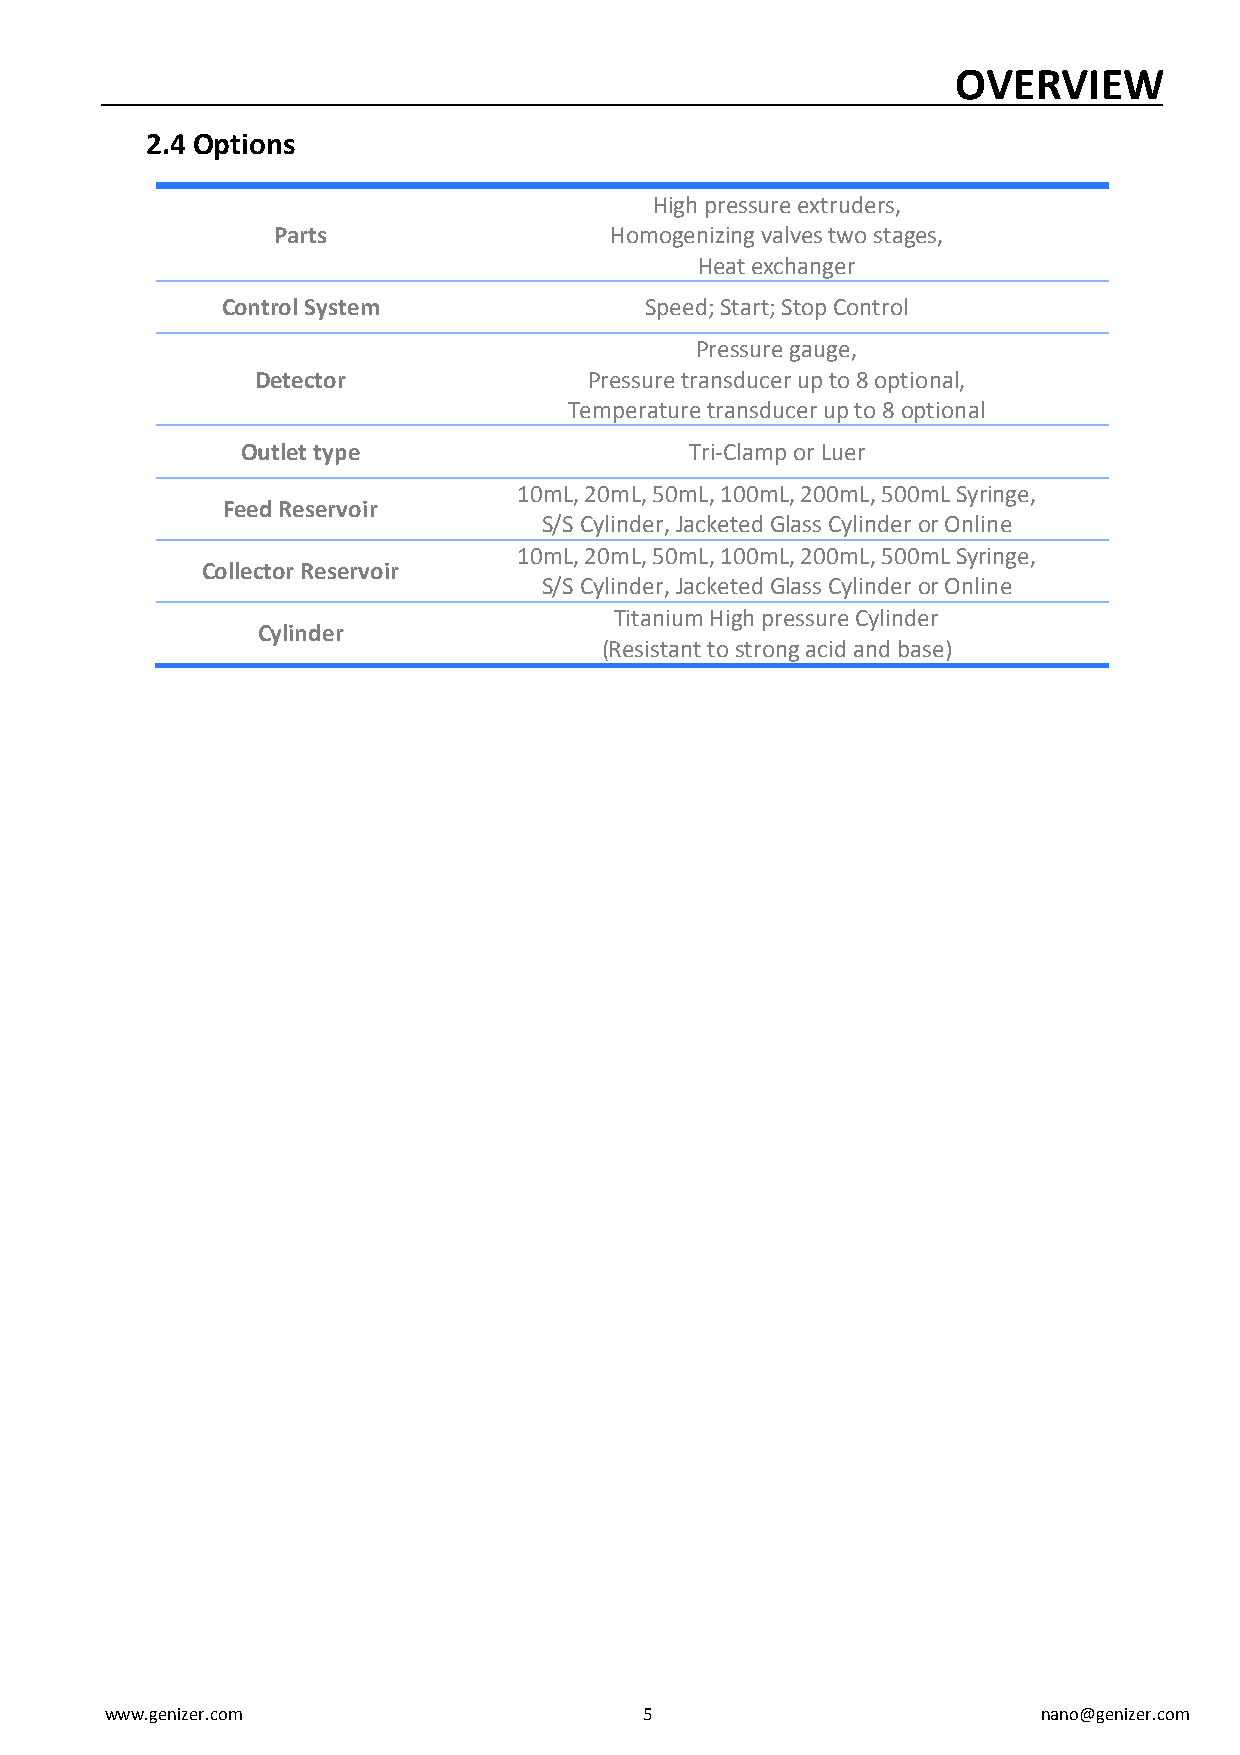
OVERVIEW
 2.4 Options
 High pressure extruders,
 Parts                 Homogenizing valves two stages,
 Heat exchanger
 Control System              Speed; Start; Stop Control
 Pressure gauge,
 Detector              Pressure transducer up to 8 optional,
 Temperature transducer up to 8 optional
 Outlet type                   Tri-Clamp or Luer
 10mL, 20mL, 50mL, 100mL, 200mL, 500mL Syringe,
 Feed Reservoir
 S/S Cylinder, Jacketed Glass Cylinder or Online
 10mL, 20mL, 50mL, 100mL, 200mL, 500mL Syringe,
 Collector Reservoir
 S/S Cylinder, Jacketed Glass Cylinder or Online
 Titanium High pressure Cylinder
 Cylinder
 (Resistant to strong acid and base)
 www.genizer.com                     5                         nano@genizer.com